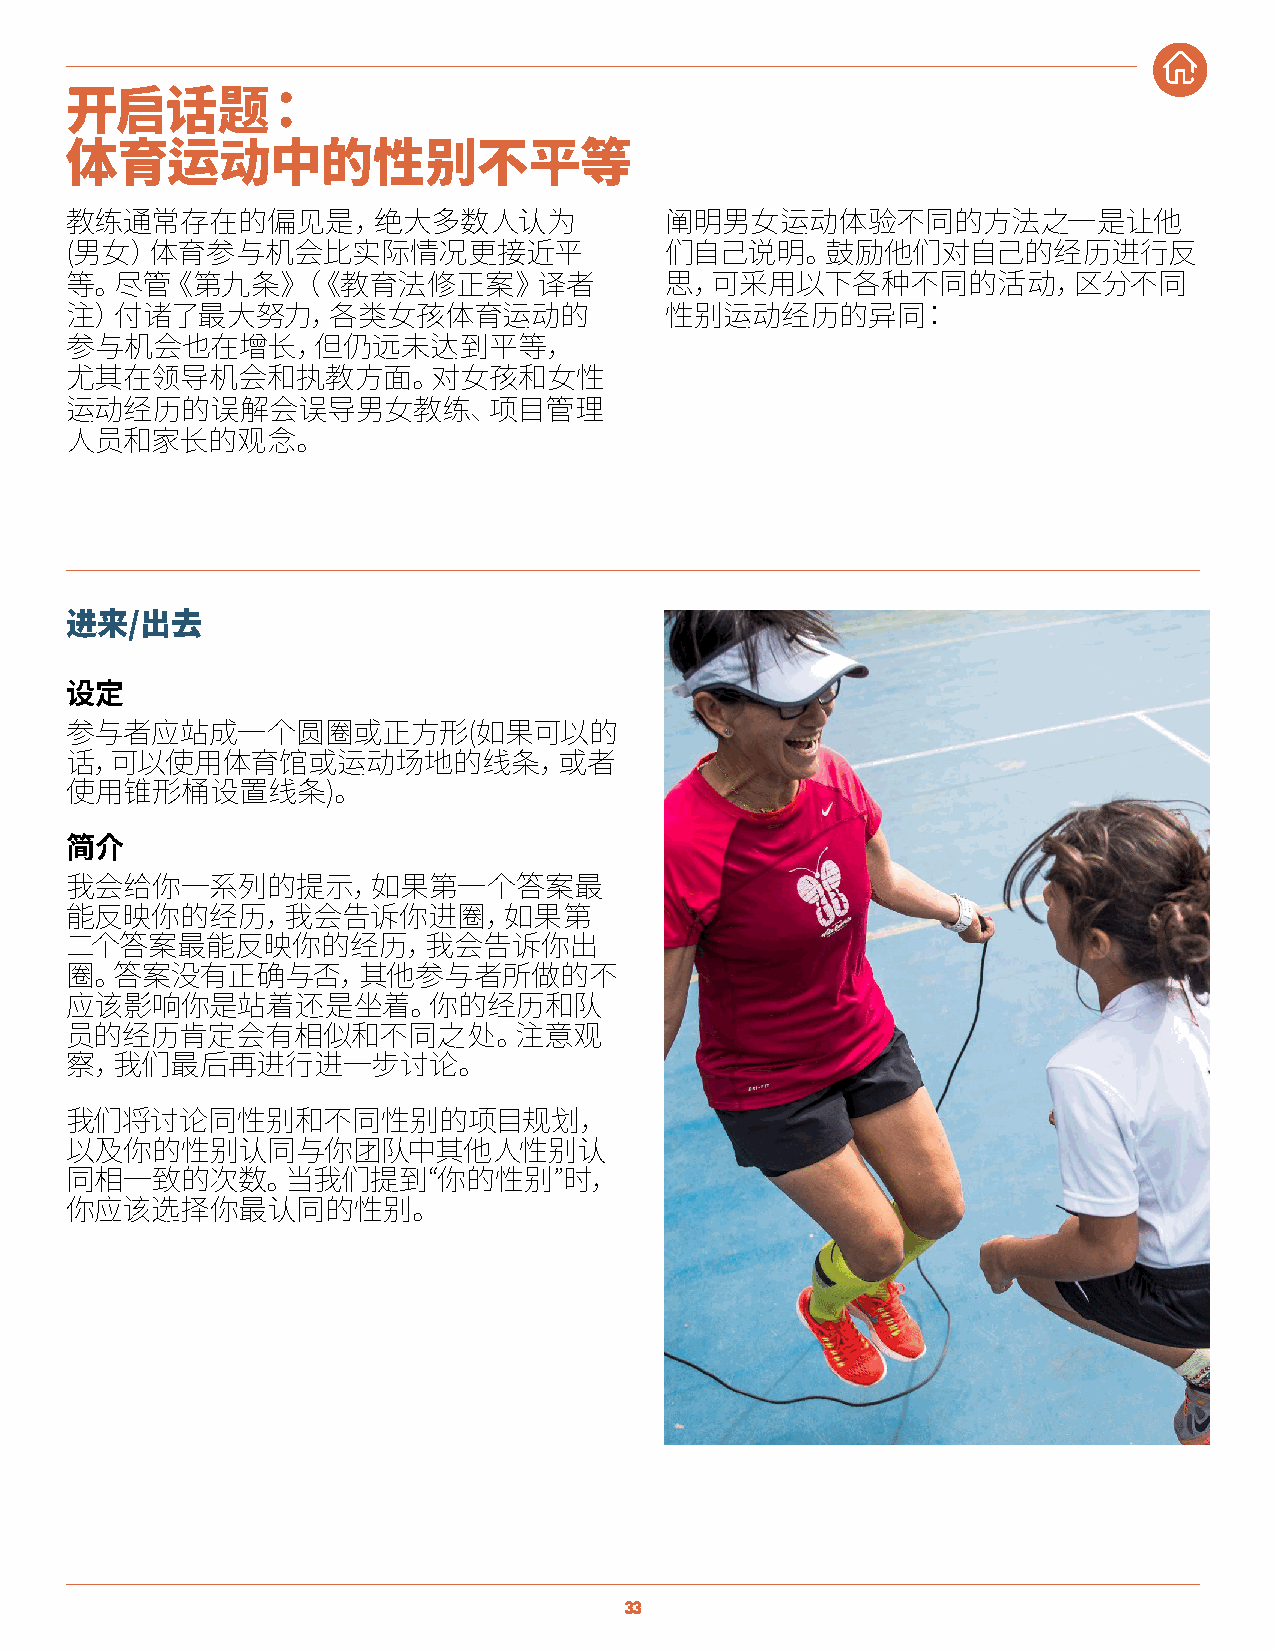
开启话题：
 体育运动中的性别不平等
 教练通常存在的偏见是，绝大多数人认为                      阐明男女运动体验不同的方法之一是让他
 (男女）体育参与机会比实际情况更接近平                     们自己说明。鼓励他们对自己的经历进行反
 等。尽管《第九条》（《教育法修正案》译者                    思，可采用以下各种不同的活动，区分不同
 注）付诸了最大努力，各类女孩体育运动的                     性别运动经历的异同：
 参与机会也在增长，但仍远未达到平等，
 尤其在领导机会和执教方面。对女孩和女性
 运动经历的误解会误导男女教练、项目管理
 人员和家长的观念。
 进来/出去
 设定
 参与者应站成一个圆圈或正方形(如果可以的
 话，可以使用体育馆或运动场地的线条，或者
 使用锥形桶设置线条)。
 简介
 我会给你一系列的提示，如果第一个答案最
 能反映你的经历，我会告诉你进圈，如果第
 二个答案最能反映你的经历，我会告诉你出
 圈。答案没有正确与否，其他参与者所做的不
 应该影响你是站着还是坐着。你的经历和队
 员的经历肯定会有相似和不同之处。注意观
 察，我们最后再进行进一步讨论。
 我们将讨论同性别和不同性别的项目规划，
 以及你的性别认同与你团队中其他人性别认
 同相一致的次数。当我们提到“你的性别”时，
 你应该选择你最认同的性别。
 33